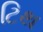
ટિથ